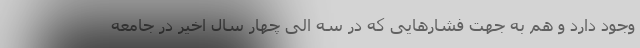
وجود دارد و هم به جهت فشارهایی که در سه الی چهار سال اخیر در جامعه